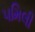
૫મિલી